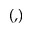
( , \! )